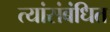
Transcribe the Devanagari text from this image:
त्यांसंबंधित